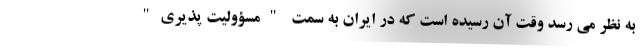
به نظر می رسد وقت آن رسیده است که در ایران به سمت "مسؤولیت پذیری"